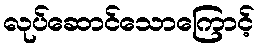
လုပ်ဆောင်သောကြောင့်